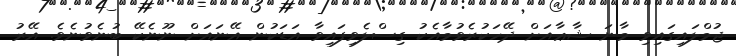
ޖުމްލައިގައިވި މާނަ ޝާޢާއަށް ދޭހަކުރެވުމާއެކު ގިސްލެވިފައިވާ އަޑަކުން އޭނައަށް ނޫނެކޭ ބުނެވުނެވެ. އޭރު